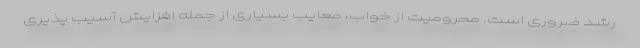
رشد ضروری است. محرومیت از خواب، معایب بسیاری از جمله افزایش آسیب پذیری